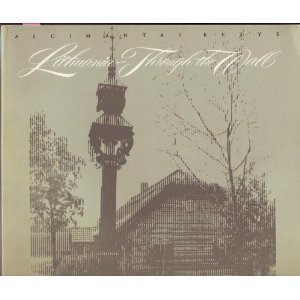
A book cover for Lithuania Through the Wall: Diary of a Ten-Day Visit to My Native Land; Algimantas Kezys; Travel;